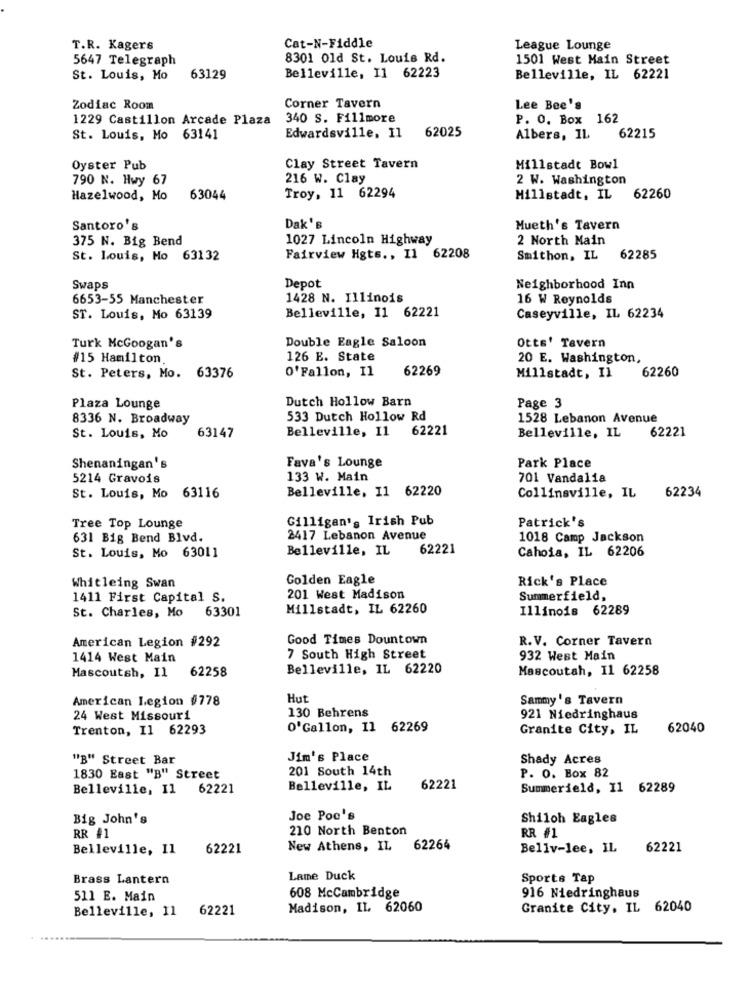
Cat-N-Fiddle
T.R. Kagers
League Lounge
5647 Telegraph
8301 Old St. Louis Rd.
1501 West Main Street
St. Louis, Mo
63129
Belleville, Il 62223
Belleville, IL 62221
Zodiac Room
Corner Tavern
Lee Bee's
1229 Castillon Arcade Plaza
340 S. Fillmore
P. O. Box 162
62025
St. Louis, Mo 63141
Edwardsville, 11
Albers, IL
62215
Oyster Pub
Clay Street Tavern
Millstadt Bowl
790 N. Hwy 67
216 W. Clay
2 W. Washington
Hazelwood, Mo
63044
Troy, 11 62294
Hillstadt, IL
62260
Dak's
Santoro's
Mueth's Tavern
375 N. Big Bend
1027 Lincoln Highway
2 North Main
St. Louis, Mo 63132
Fairview Hgts ., Il 62208
Smithon, IL
62285
Depot
Swaps
Neighborhood Inn
6653-55 Manchester
1428 N. Illinois
16 W Reynolds
Belleville, 11 62221
ST. Louis, Mo 63139
Caseyville, IL 62234
Double Eagle Saloon
Otts' Tavern
Turk McGoogan's
#15 Hamilton
126 E. State
20 E. Washington,
O'Fallon, Il
62269
62260
St. Peters, Mo. 63376
Millstadt, Il
Dutch Hollow Barn
Plaza Lounge
Page 3
8336 N. Broadway
533 Dutch Hollow Rd
1528 Lebanon Avenue
Belleville, 11 62221
62221
St. Louis, Mo
63147
Belleville, IL
Fava's Lounge
Shenaningan's
Park Place
5214 Gravois
133 W. Main
701 Vandalia
Belleville, 11 62220
62234
St. Louis, Mo 63116
Collinsville, IL
Gilligan's Irish Pub
Patrick's
Tree Top Lounge
631 Big Bend Blvd.
2417 Lebanon Avenue
1018 Camp Jackson
Belleville, IL
62221
Cahoia, IL 62206
St. Louis, Mo 63011
Whitleing Swan
Golden Eagle
Rick's Place
1411 First Capital S.
201 West Madison
Summerfield,
St. Charles, Mo
63301
Millstadt, IL 62260
Illinois 62289
American Legion #292
Good Times Dountown
R.V. Corner Tavern
1414 West Main
7 South High Street
932 West Main
Mascoutsh, Il
Belleville, IL 62220
Mascoutah, Il 62258
62258
American Legion $778
Hut
Sammy's Tavern
130 Behrens
24 West Missouri
921 Niedringhaus
Trenton, Il 62293
O'Gallon, Il 62269
Granite City, IL
62040
"B" Street Bar
Jim's Place
Shady Acres
201 South 14th
1830 East "B" Street
P. O. Box 82
Belleville, Il 62221
Belleville, IL
62221
Summerield, 11 62289
Big John's
Joe Poc's
Shiloh Eagles
RR #1
210 North Benton
RR #1
Belleville, 11
62221
New Athens, IL 62264
Bellv-lee, IL
62221
Brass Lantern
Lame Duck
Sports Tap
608 McCambridge
916 Niedringhaus
511 E. Main
Belleville, 11
62221
Madison, IL 62060
Granite City, IL 62040